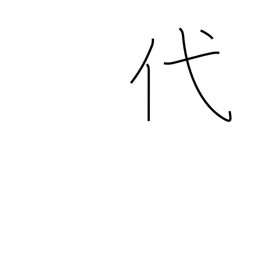
Meaning: replace